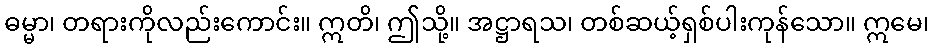
ဓမ္မာ၊ တရားကိုလည်းကောင်း။ ဣတိ၊ ဤသို့။ အဋ္ဌာရသ၊ တစ်ဆယ့်ရှစ်ပါးကုန်သော။ ဣမေ၊